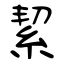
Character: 絜